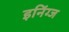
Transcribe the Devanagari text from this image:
इनिंग्ज